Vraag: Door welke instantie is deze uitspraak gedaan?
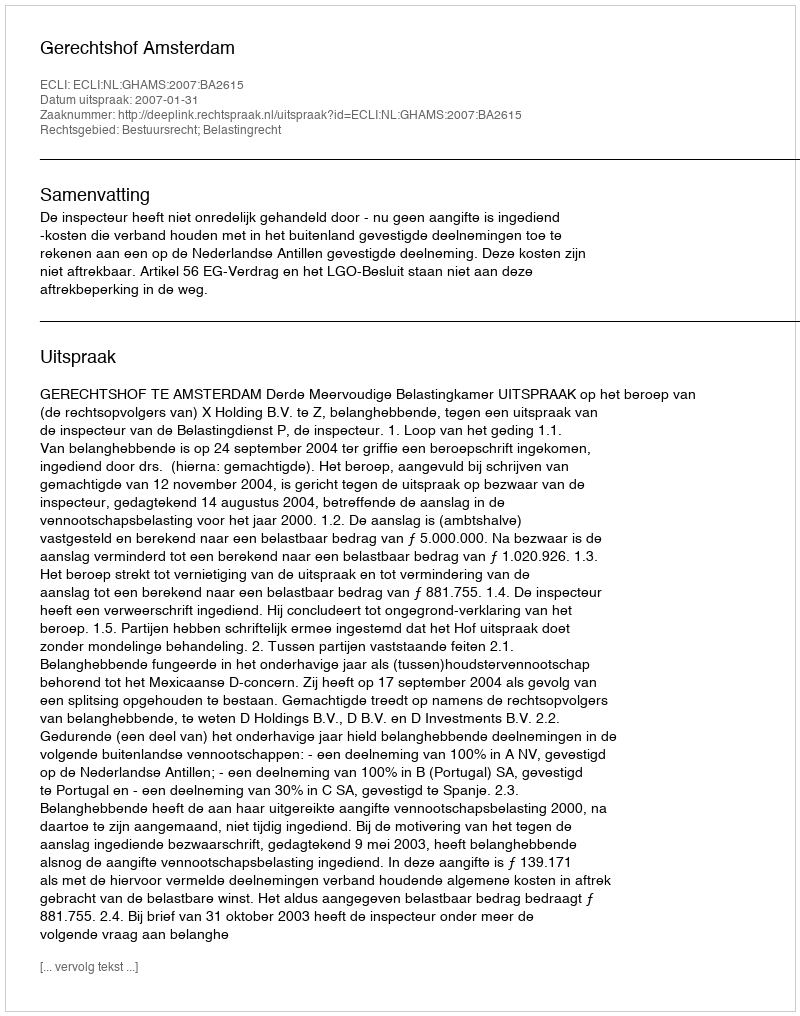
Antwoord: Gerechtshof Amsterdam